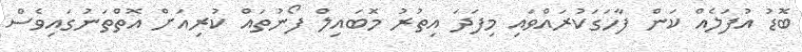
ބޮޑު އުފަލެއް ކަން ފާހަގަކުރައްވައި މިފަދަ އިތުރު މޮބައިލް ފޯނުތައް ކުރިއަށް އޮތްތަނުގައިވެސް